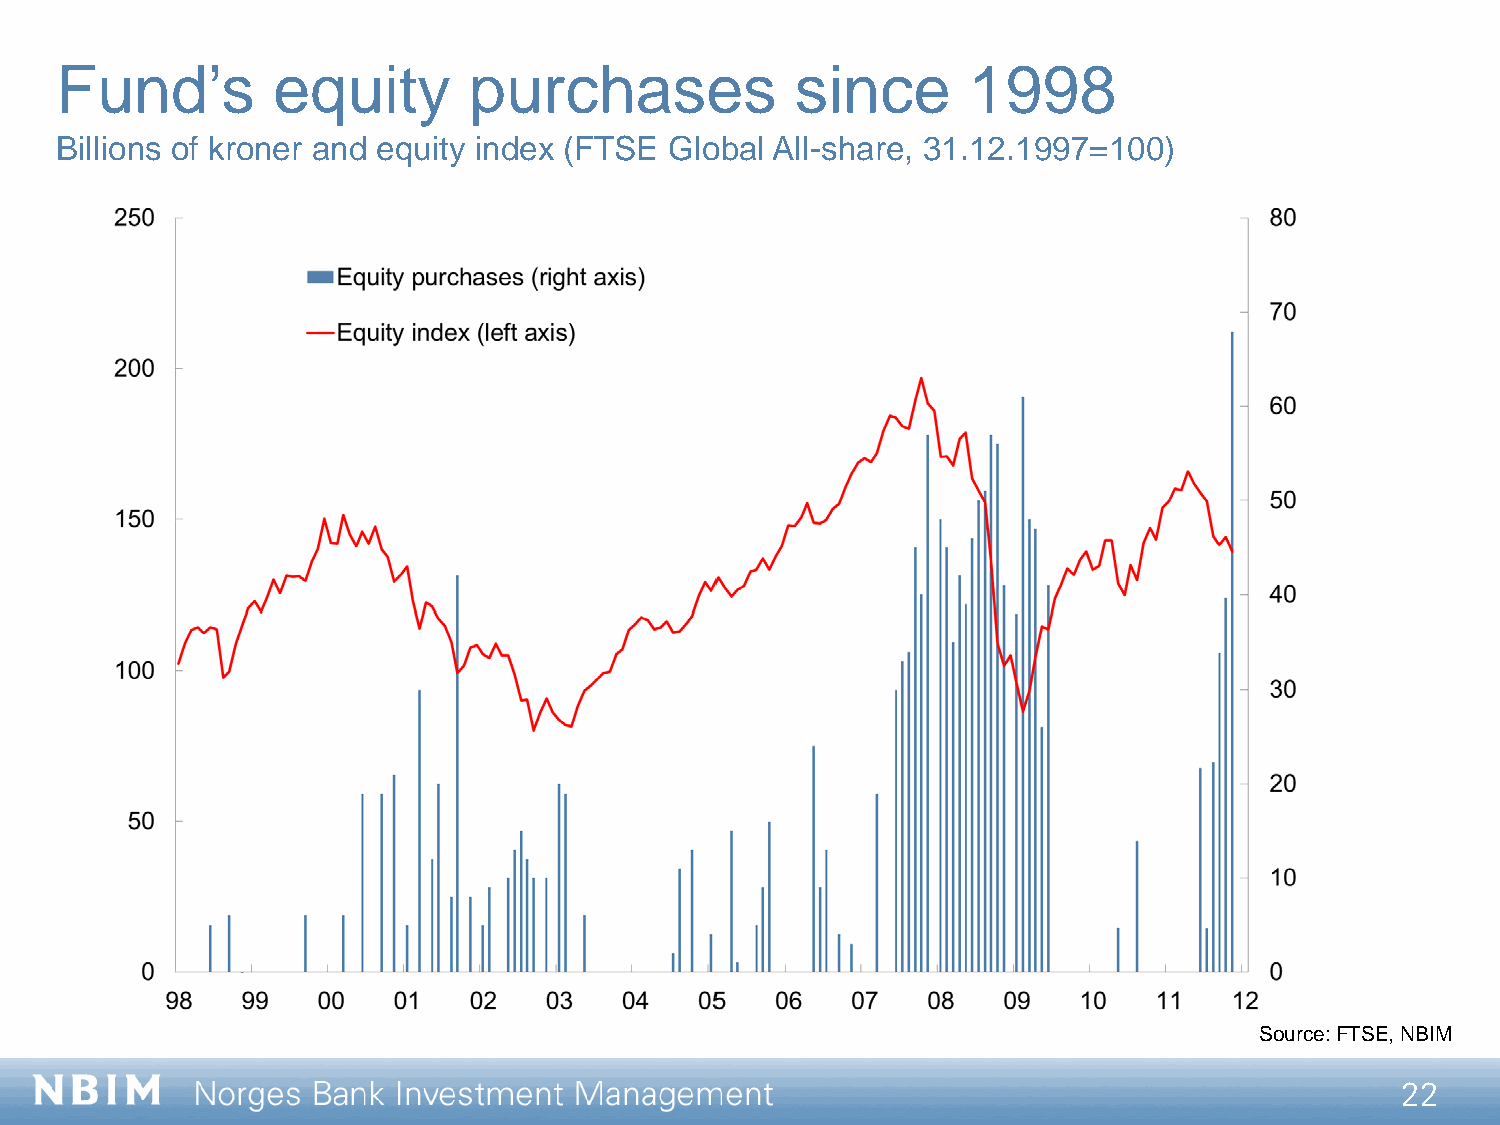
Fund’s        equity       purchases             since      1998
 Billions of kroner and equity index (FTSE Global All-share, 31.12.1997=100)
 Source: FTSE, NBIM
 22